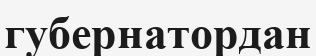
губернатордан